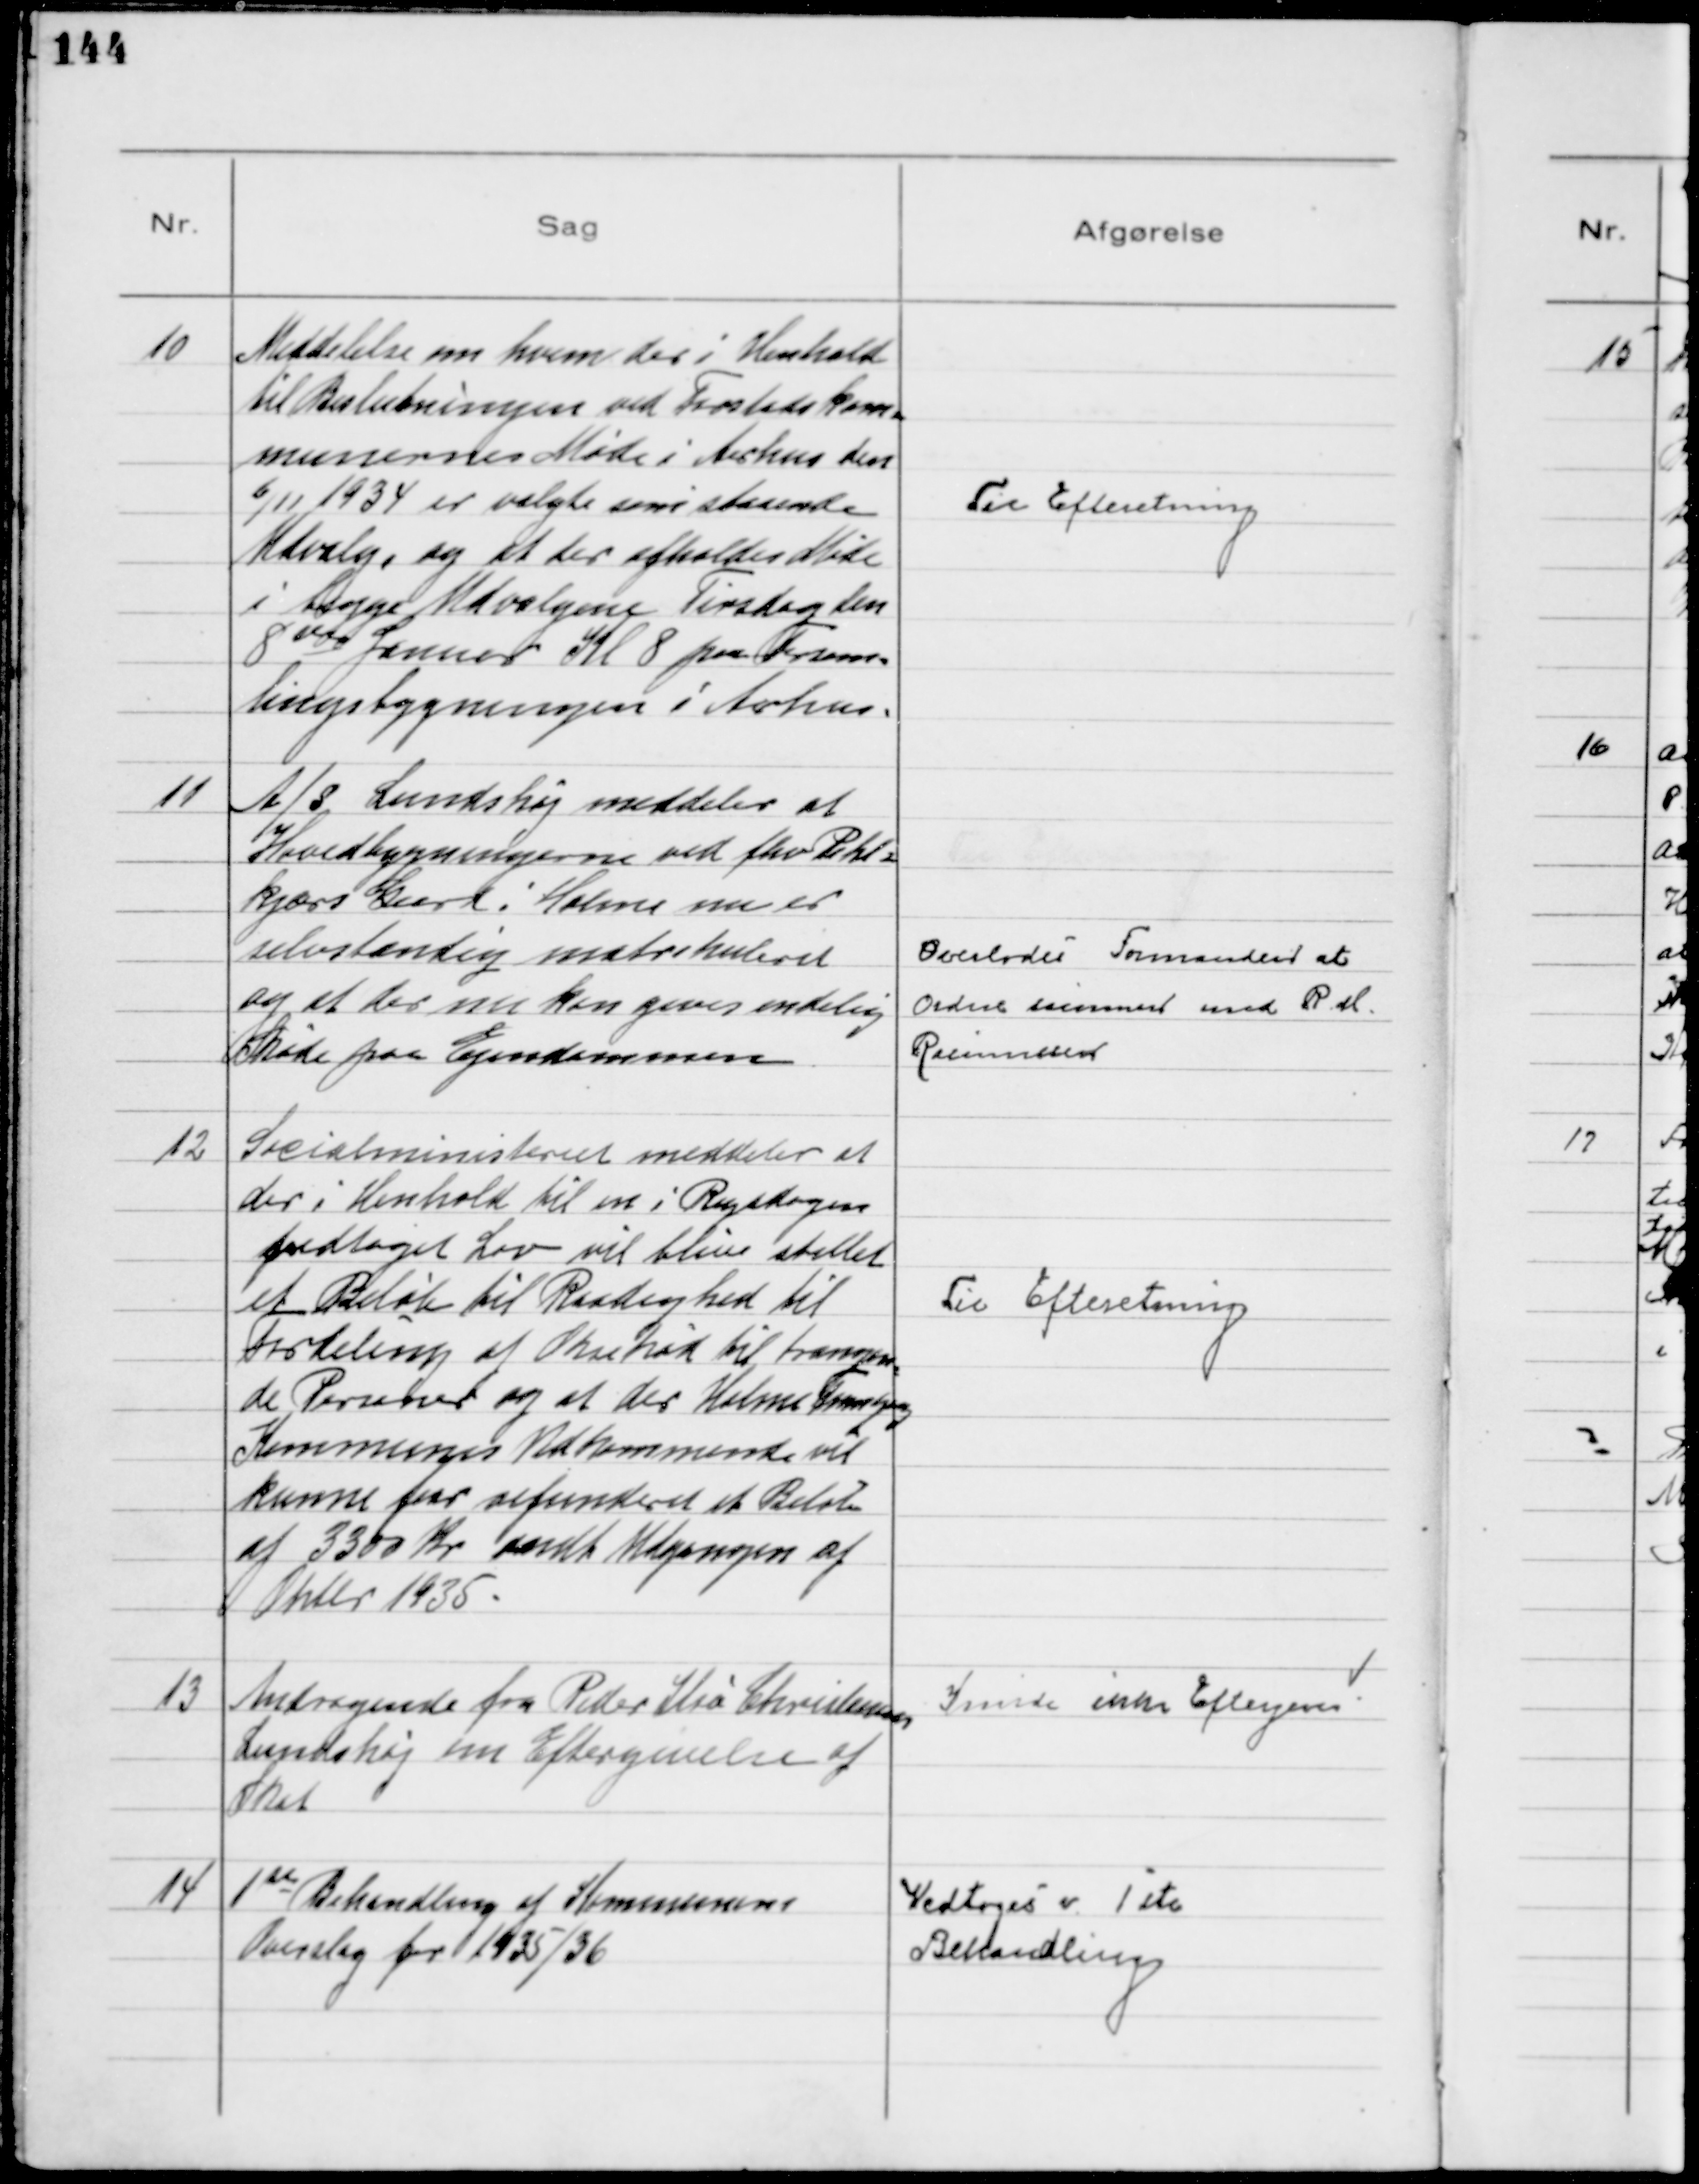
Transskription:
10
Meddelelse om hvem der i Henhold
til Beslutningen ved Forstadskom=
munernes Møde i Aarhus den
6/11 1934 er valgte som staaende
Udvalg, og at der afholdes Møde
i begge Udvalgene Tirsdag den
8de Januar Kl 8 paa Forsam=
lingsbygningen i Aarhus.

Til Efteretning

11
A/S Lundshøj meddeler at
Hovedbygningerne ved fhv Pihl=
kjærs Gaard i Holme nu er
selvstændig matrikuleret
og at der nu kan gives endelig
Skøde paa Ejendommen.

Overlodes Formanden at
ordne sammen med R. M.
Rasmussen

12
Socialministeriet meddeler at
der i Henhold til en i Rigsdagen
vedtaget Lov vil blive stillet
et Beløb til Raadighed til
Fordeling af Oksekød til trængen
=
de Personer og at der Holme Tranbjerg
Kommunes Vedkommende vil
kunne faa refunderet et Beløb
af 3300 Kr sendt Udgangen af
Oktbr 1935

Til Efteretning

13
Andragende fra Peder Ilsø Christensen
Lundshøj om Eftergivelse af
Skat

Kunde ikke Eftergives

14
1st Behandling af Kommunens
Overslag for 1935/36

Vedtoges v 1 ste
Behandling